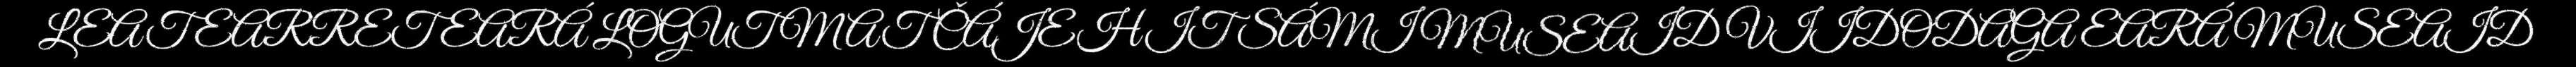
LEAT EARRET EARÁ LOGUT MAT ČÁJEHIT SÁMI MUSEAID VIIDODAGA EARÁ MUSEAID